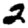
Digit: 2